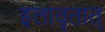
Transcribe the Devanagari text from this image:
इलावृतात्